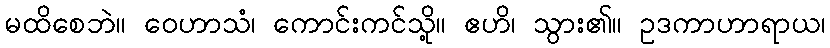
မထိစေဘဲ။ ဝေဟာသံ၊ ကောင်းကင်သို့။ ဧဟိ၊ သွား၏။ ဥဒကာဟာရာယ၊